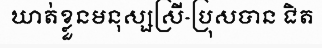
ឃាត់ខ្លួនមនុស្សស្រី-ប្រុសបាន ជិត